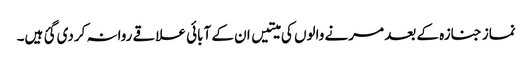
نماز جنازہ کے بعد مرنے والوں کی میتیں ان کے آبائی علاقے روانہ کردی گئ ہیں۔